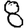
Digit: 8